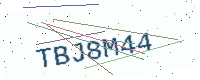
Text: TBJ8M44